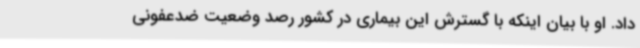
داد. او با بیان اینکه با گسترش این بیماری در کشور رصد وضعیت ضدعفونی